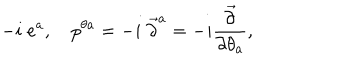
- i \; e ^ { a } , \quad p ^ { \theta a } = - i \; \overrightarrow { \partial } ^ { a } = - i \frac { \overrightarrow { \partial } } { \partial \theta _ { a } } ,